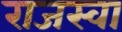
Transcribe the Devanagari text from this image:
राजस्वा